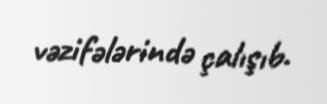
vəzifələrində çalışıb.